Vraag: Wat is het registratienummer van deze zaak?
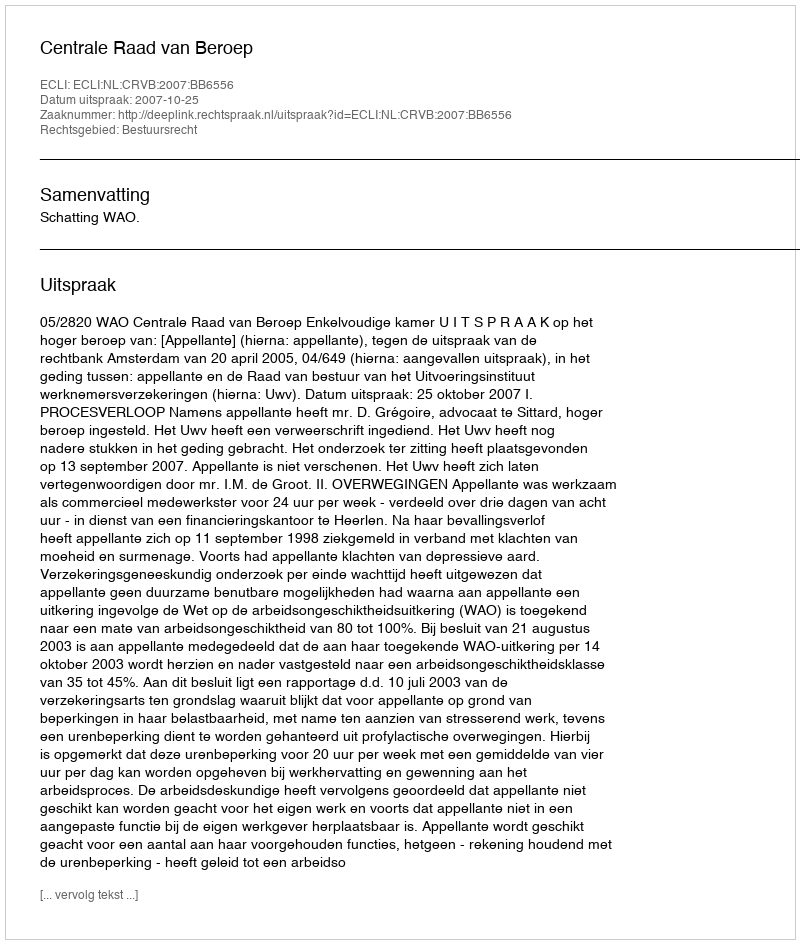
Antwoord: http://deeplink.rechtspraak.nl/uitspraak?id=ECLI:NL:CRVB:2007:BB6556